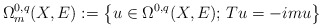
\begin{align*} \Omega^{0,q}_m(X,E):=\left\{u\in\Omega^{0,q}(X,E);\, Tu=-imu\right\}\end{align*}